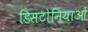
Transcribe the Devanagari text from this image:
डिसटोनियाओं